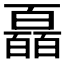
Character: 𤾩